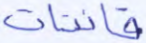
قانتات